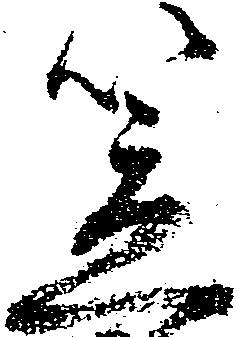
笠